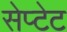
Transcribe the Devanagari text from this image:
सेप्टेट